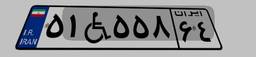
۵۱W۵۵۸۶۴